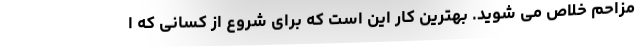
مزاحم خلاص می شوید. بهترین کار این است که برای شروع از کسانی که ا